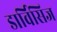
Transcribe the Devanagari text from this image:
डार्विसिज